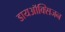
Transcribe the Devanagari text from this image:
डायऑक्सिजन